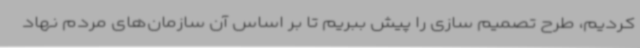
کردیم، طرح تصمیم سازی را پیش ببریم تا بر اساس آن سازمان‌های مردم نهاد